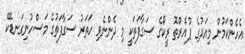
އެހެންކަމުން މިއަދުގެ ޕުއެރްތޮ ރީކޯގެ ސަގާފަތަކީ މި ދެންނެވި ހަތަރު ސަގާފަތުގެ މަސްހުނިގަނޑެކޭ